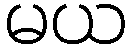
မယ